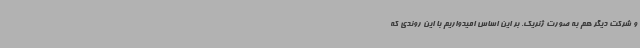
و شرکت دیگر هم به صورت ژنریک. بر این اساس امیدواریم با این روندی که